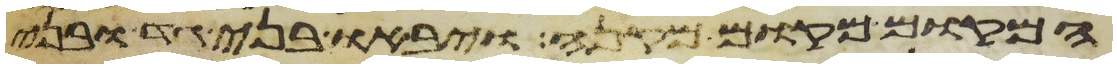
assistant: המקום מקום מקנה ויבאו בני גד ובני